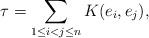
LaTeX: \begin{align*} \tau=\sum_{1\leq i<j\leq n} K(e_i,e_j),\end{align*}